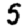
Digit: 5